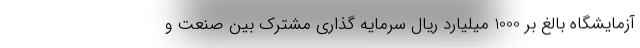
آزمایشگاه بالغ بر 1000 میلیارد ریال سرمایه گذاری مشترک بین صنعت و